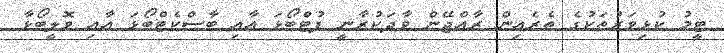
ޓީމު ކުޅިވަރުތަކުގެ ތެރެއިން ރާއްޖޭން ވާދަކުރާނީ ފުޓްބޯޅަ އާއި ބާސްކެޓްބޯޅަ އާއި ވޮލީބޯޅާ